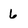
Character: 6